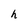
Character: h